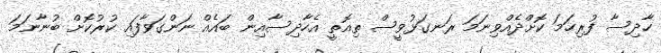
ހާދިސާ ފުރިހަމަ ކޮށްދެއްވިނަމަ ރަނގަޅުވީސް ތިއޮތީ އެހާދިސާއިން ބައެއް ނަންގަވާފައި ކުރުކޮށް ބުނާނަމަ